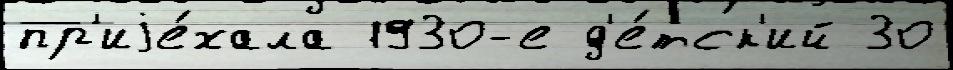
пр'иjе́хала 1930-е д'е́тск'ий 30